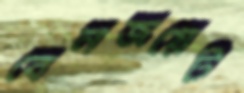
বেনজয়েট